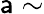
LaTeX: \mathsf{a}\sim